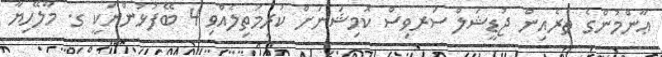
ޢާންމުންގެ ތެރެއިން ޖުޑީޝަލް ސަރވިސް ކޮމިޝަނަށް ކުރިމަތިލެއްވި 4 ބޭފުޅުންނަކީ ގ. މާލޭހިޔާ